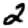
Digit: 2